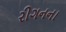
રીગનના